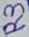
Text: R3